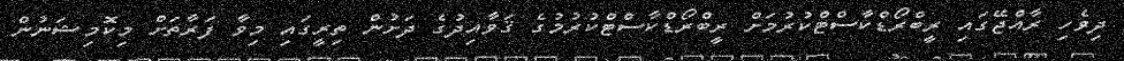
ދިވެހި ރާއްޖޭގައި ރީބްރޯޑްކާސްޓްކުރުމަށް ރީބްރޯޑްކާސްޓްކުރުމުގެ ޤަވާއިދުގެ ދަށުން ތިރީގައި މިވާ ފަރާތަށް މިކޮމިޝަނުން